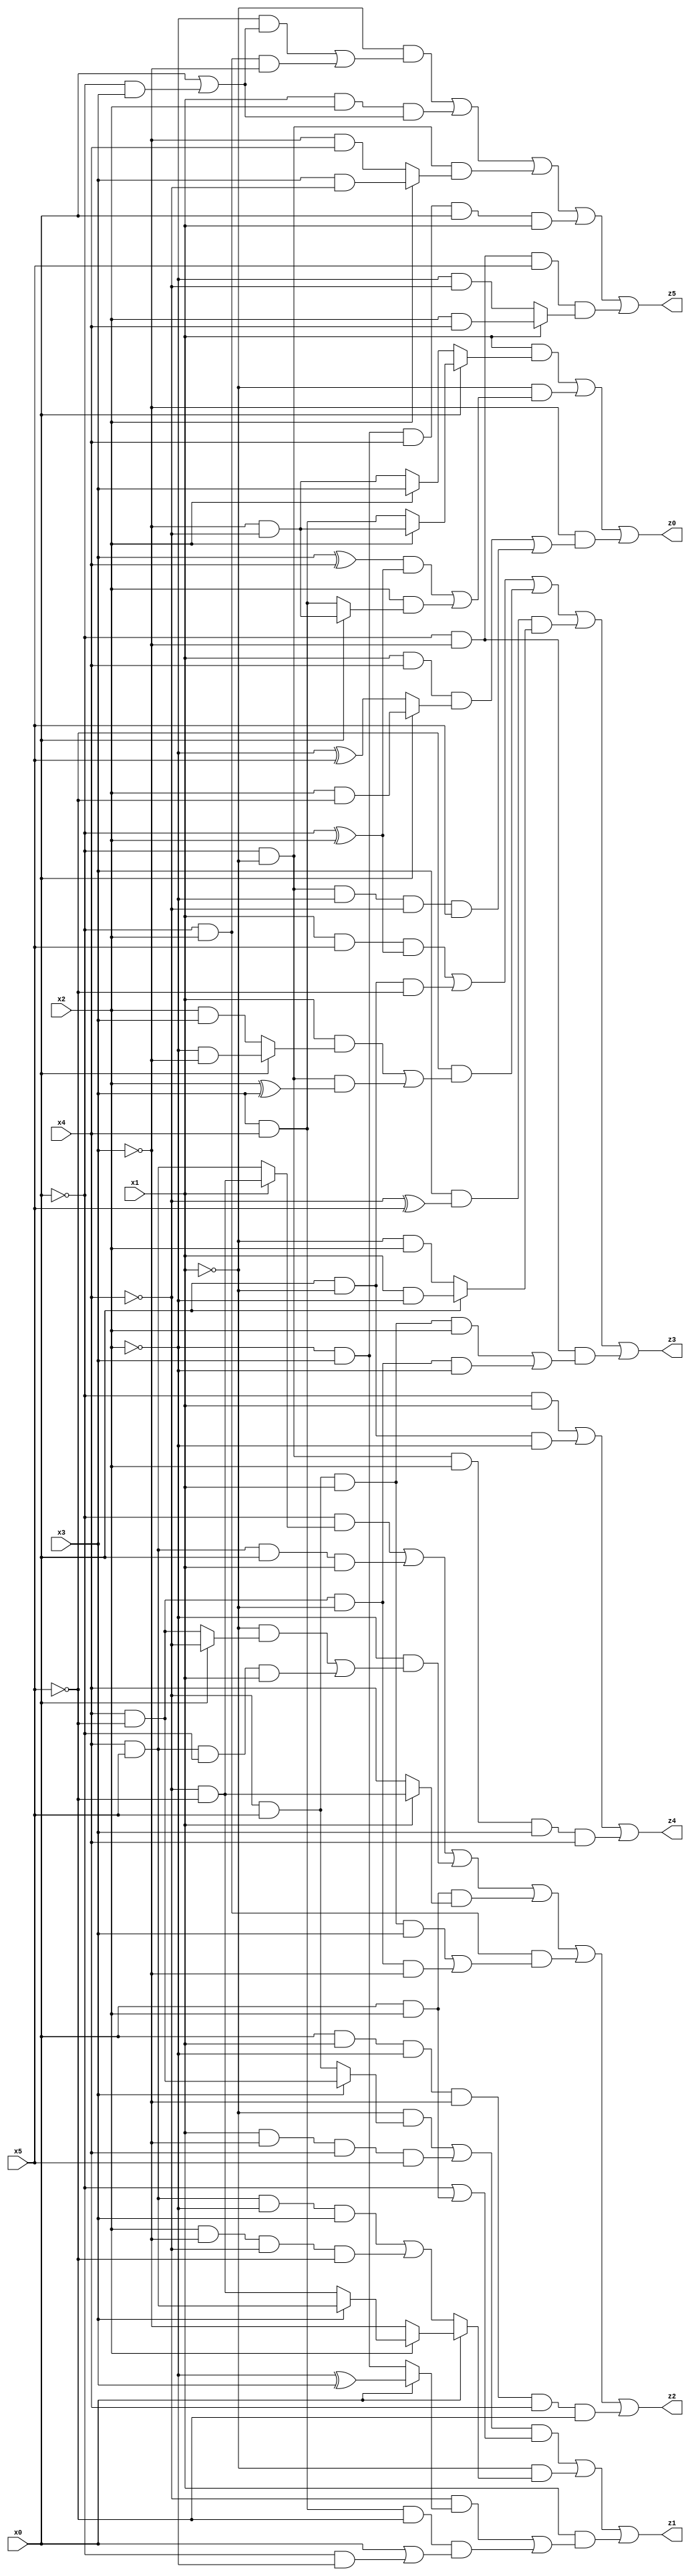
// Benchmark "X_49" written by ABC on Wed Jun 07 23:39:23 2023

module X_49 ( 
    x0, x1, x2, x3, x4, x5,
    z0, z1, z2, z3, z4, z5  );
  input  x0, x1, x2, x3, x4, x5;
  output z0, z1, z2, z3, z4, z5;
  assign z0 = (x1 & (x0 ? (x2 ? (~x3 & ~x4) : (x3 & x4)) : (x2 ? x3 : (~x3 & ~x4)))) | (~x1 & (((x3 ^ x4) & (~x0 ^ x2)) | (x2 & (x0 ? (~x3 & ~x4) : (x3 & x4))))) | (~x3 & ((x1 & x4 & (x0 ? (x2 & ~x5) : (~x2 ^ x5))) | (~x0 & ~x1 & ~x2 & ~x4 & x5)));
  assign z1 = (((~x1 & (x3 ? (x4 & ~x5) : (~x4 & x5))) | (x1 & ~x3 & x4 & x5)) & (~x0 | (x0 & x2))) | (~x1 & (x0 ? (x2 ? (x3 ? (x4 & x5) : (~x4 & ~x5)) : ~x3) : ((x4 & x5 & ~x2 & x3) | (x2 & ~x3 & ~x4 & ~x5)))) | (x1 & ((~x4 & (x0 ? (~x2 ^ x3) : (~x2 & x3))) | (x3 & x4 & ~x5 & (x0 | (~x0 & ~x2)))));
  assign z2 = (~x0 & (x1 ? (~x4 & ~x5) : (x4 & x5))) | (x4 & x5 & x0 & x1) | (~x2 & ((~x1 & (x0 ? ~x4 : (x4 & ~x5))) | (x4 & x5 & ~x0 & x1))) | (x0 & x2 & (x1 ? (~x4 & ~x5) : x4)) | (~x0 & x2 & ((~x4 & x5 & x1 & x3) | (x4 & ~x5 & ~x1 & ~x3))) | (x0 & x1 & ~x2 & ~x3 & x4 & ~x5);
  assign z3 = (x1 & x5 & (~x0 ^ x2)) | (x0 & ~x1 & ~x5) | (~x5 & ((x1 & (x0 ? (~x2 & ~x3) : (x2 & x3))) | (~x0 & ~x1 & (x2 ^ x3)))) | (x3 & (~x4 ^ x5) & (x0 ? (x1 & ~x2) : (~x1 & x2))) | (~x0 & ~x3 & ((~x4 & x5 & x1 & x2) | (x4 & ~x5 & ~x1 & ~x2)));
  assign z4 = (~x0 & x1) | (x0 & ~x1 & ~x2) | (~x0 & ~x1 & x2 & x3 & x4);
  assign z5 = (~x1 & ((~x2 & (x0 | (~x0 & x3))) | (~x0 & x2 & ~x3))) | (x1 & x2 & (x0 | (~x0 & x3))) | (~x0 & ~x1 & (x2 ? (x3 & ~x4) : (~x3 & x4))) | (~x2 & x3 & x4 & x0 & x1) | (~x0 & ~x3 & x5 & (x1 ? (x2 & x4) : (~x2 & ~x4)));
endmodule